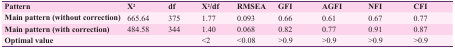
| Pattern | X2 | df | X2/df | RMSEA | GFI | AGFI | NFI | CFI |
 | --- | --- | --- | --- | --- | --- | --- | --- | --- |
 | Main pattern (without correction) | 665.64 | 375 | 1.77 | 0.093 | 0.66 | 0.61 | 0.67 | 0.77 |
 | Main pattern (with correction) | 484.58 | 344 | 1.40 | 0.068 | 0.82 | 0.77 | 0.91 | 0.87 |
 | Optimal value | <COLSPAN=2>  | <2 | <0.08 | >0.9 | >0.9 | >0.9 | >0.9 |